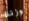
وزنك